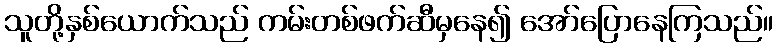
သူတို့နှစ်ယောက်သည် ကမ်းတစ်ဖက်ဆီမှနေ၍ အော်ပြောနေကြသည်။